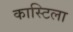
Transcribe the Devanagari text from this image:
कास्टिला